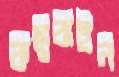
কঙ্কুবাইন